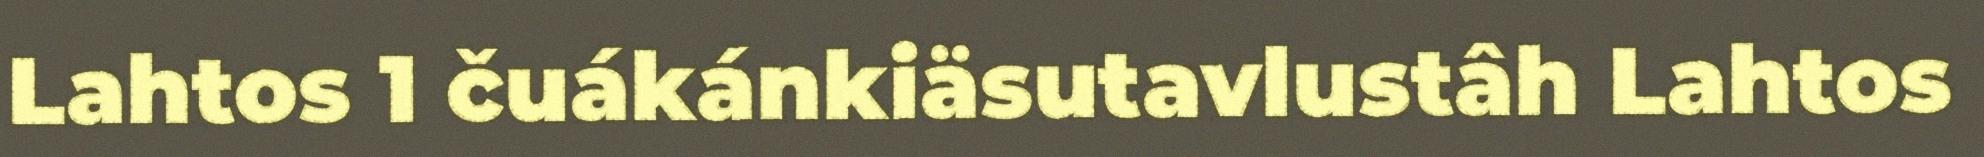
Lahtos 1 čuákánkiäsutavlustâh Lahtos